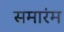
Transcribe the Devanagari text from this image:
समारंम